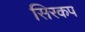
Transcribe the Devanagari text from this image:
सिरकप